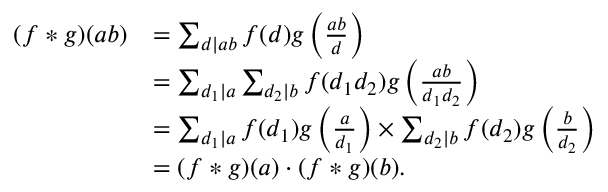
{ \begin{array} { r l } { ( f \ast g ) ( a b ) } & { = \sum _ { d | a b } f ( d ) g \left( { \frac { a b } { d } } \right) } \\ & { = \sum _ { d _ { 1 } | a } \sum _ { d _ { 2 } | b } f ( d _ { 1 } d _ { 2 } ) g \left( { \frac { a b } { d _ { 1 } d _ { 2 } } } \right) } \\ & { = \sum _ { d _ { 1 } | a } f ( d _ { 1 } ) g \left( { \frac { a } { d _ { 1 } } } \right) \times \sum _ { d _ { 2 } | b } f ( d _ { 2 } ) g \left( { \frac { b } { d _ { 2 } } } \right) } \\ & { = ( f \ast g ) ( a ) \cdot ( f \ast g ) ( b ) . } \end{array} }